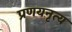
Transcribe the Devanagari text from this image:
प्रणयनृत्य